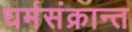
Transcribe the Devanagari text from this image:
धर्मसंक्रान्त